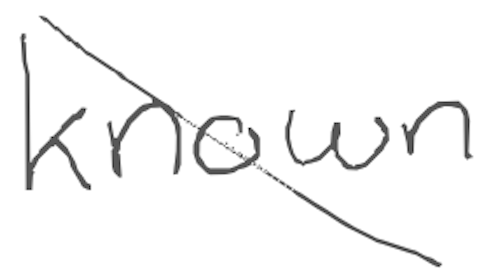
Text: known
Cross-out: diagonal
Writing tool: digital_gray